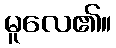
မူလေ၏။